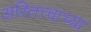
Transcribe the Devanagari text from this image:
अस्तित्त्वाच्या